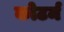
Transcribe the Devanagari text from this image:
कोटर्म